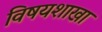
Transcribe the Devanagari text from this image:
विषयशाखा